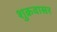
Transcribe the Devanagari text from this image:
शुक्रवासर